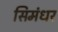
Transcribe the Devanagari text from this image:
सिमंधर